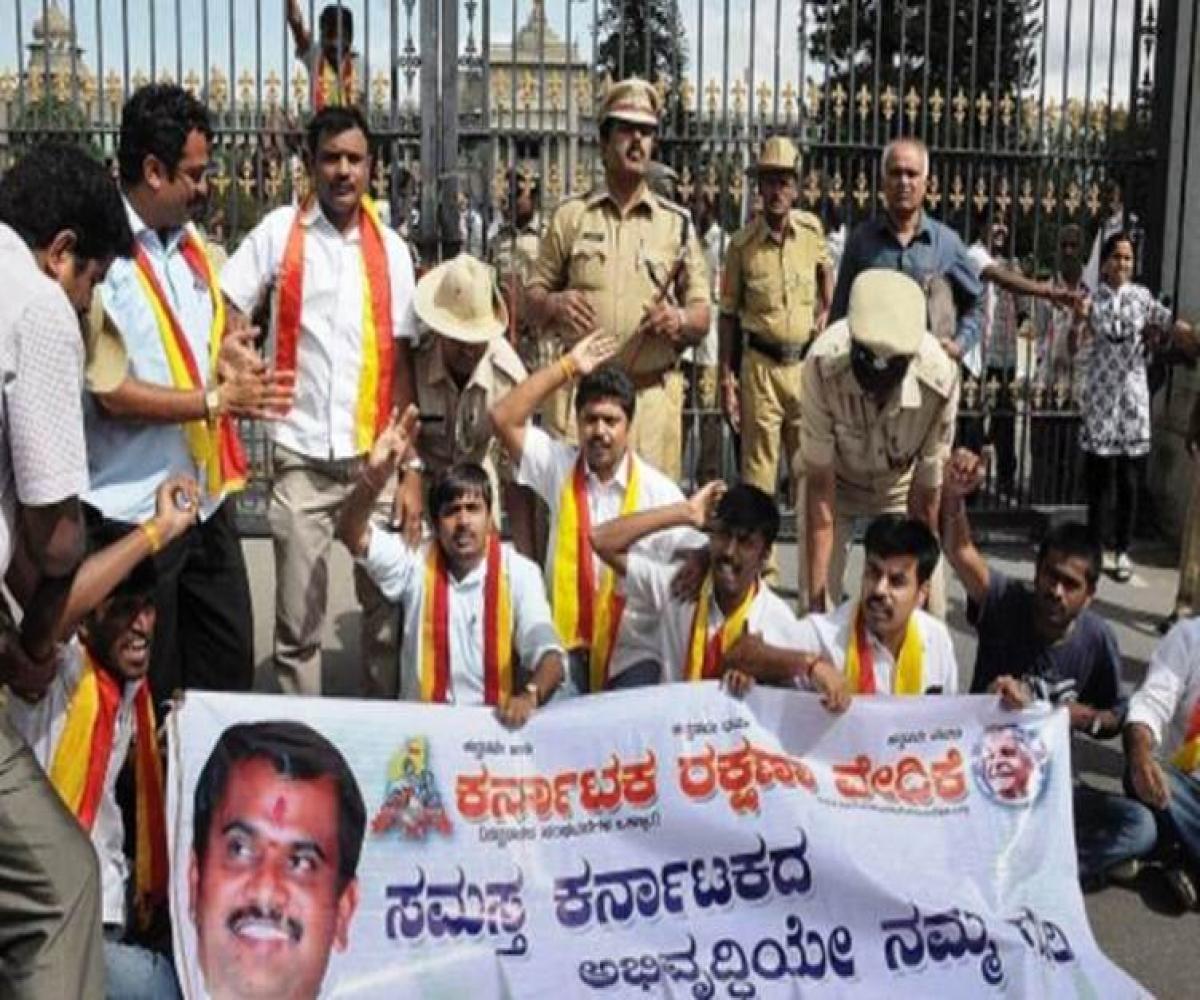
Language: kannada
Transcription: ಸಮಸ್ತ ಕರ್ನಾಟಕದ